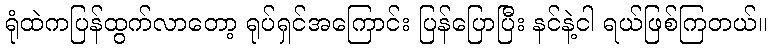
ရုံထဲကပြန်ထွက်လာတော့ ရုပ်ရှင်အကြောင်း ပြန်ပြောပြီး နင်နဲ့ငါ ရယ်ဖြစ်ကြတယ်။